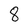
Character: 8